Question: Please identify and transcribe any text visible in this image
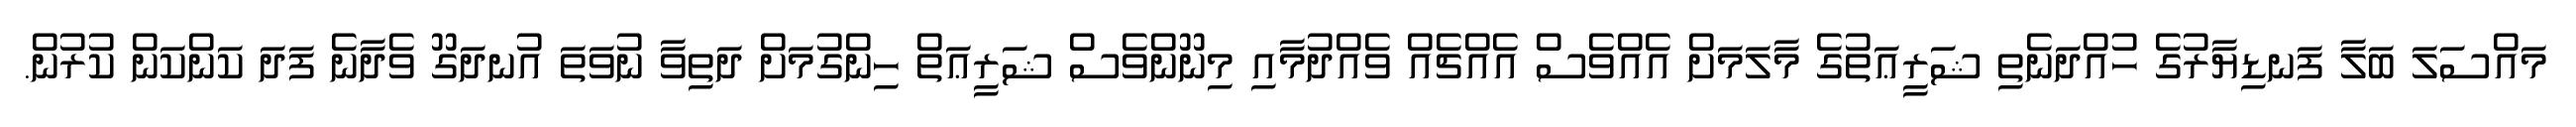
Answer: މައްސަލަ ބަލާ ފަނޑިޔާރުގެ ހުއްދަނެތި ޝަރީޢަތުގެ މާލަމަށް އެއްވެސް އެއްޗެއް ވެއްދުމާއި މިނޫންވެސް ޝަރީޢަތް ހިންގުމަށް ދަތިވާ ނުވަތަ އުނދަގޫ ވެދާނެ ފަދަ ކަންކަން ކުރުން.